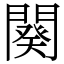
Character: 闋